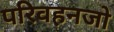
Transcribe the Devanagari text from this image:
परिवहनजो